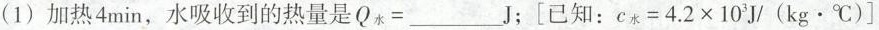
(1)加热4min，水吸收到的热量是 $$Q _ { 水 } =$$ J；[已知 ：$$c _ { 水 } = 4 . 2 \times 1 0 ^ { 3 } J / ( k g \cdot ℃ ) ]$$